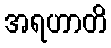
အရဟာတိ